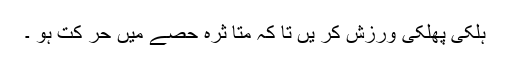
ہلکی پھلکی ورزش کر یں تا کہ متا ثرہ حصے میں حر کت ہو ۔